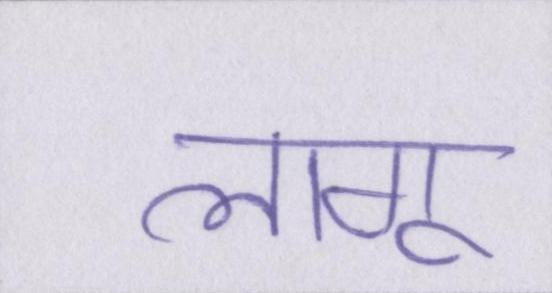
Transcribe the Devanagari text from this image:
लागू